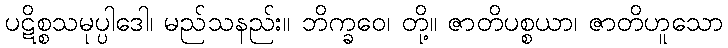
ပဋိစ္စသမုပ္ပါဒေါ၊ မည်သနည်း။ ဘိက္ခဝေ၊ တို့။ ဇာတိပစ္စယာ၊ ဇာတိဟူသော